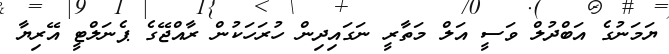
ޔަމަނުގެ އަބްދުލް ވަސީ އަލް މަތާރީ ނަގައިދިން ހުރަހަކުން ރާއްޖޭގެ ޕެނަލްޓީ އޭރިޔާ